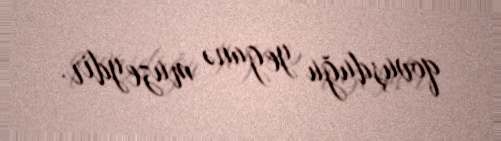
qovuşduğu yeganə muzeydir.